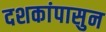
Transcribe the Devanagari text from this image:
दशकांपासुन